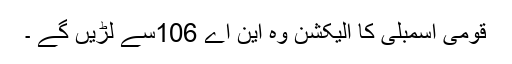
قومی اسمبلی کا الیکشن وہ این اے 106سے لڑیں گے ۔